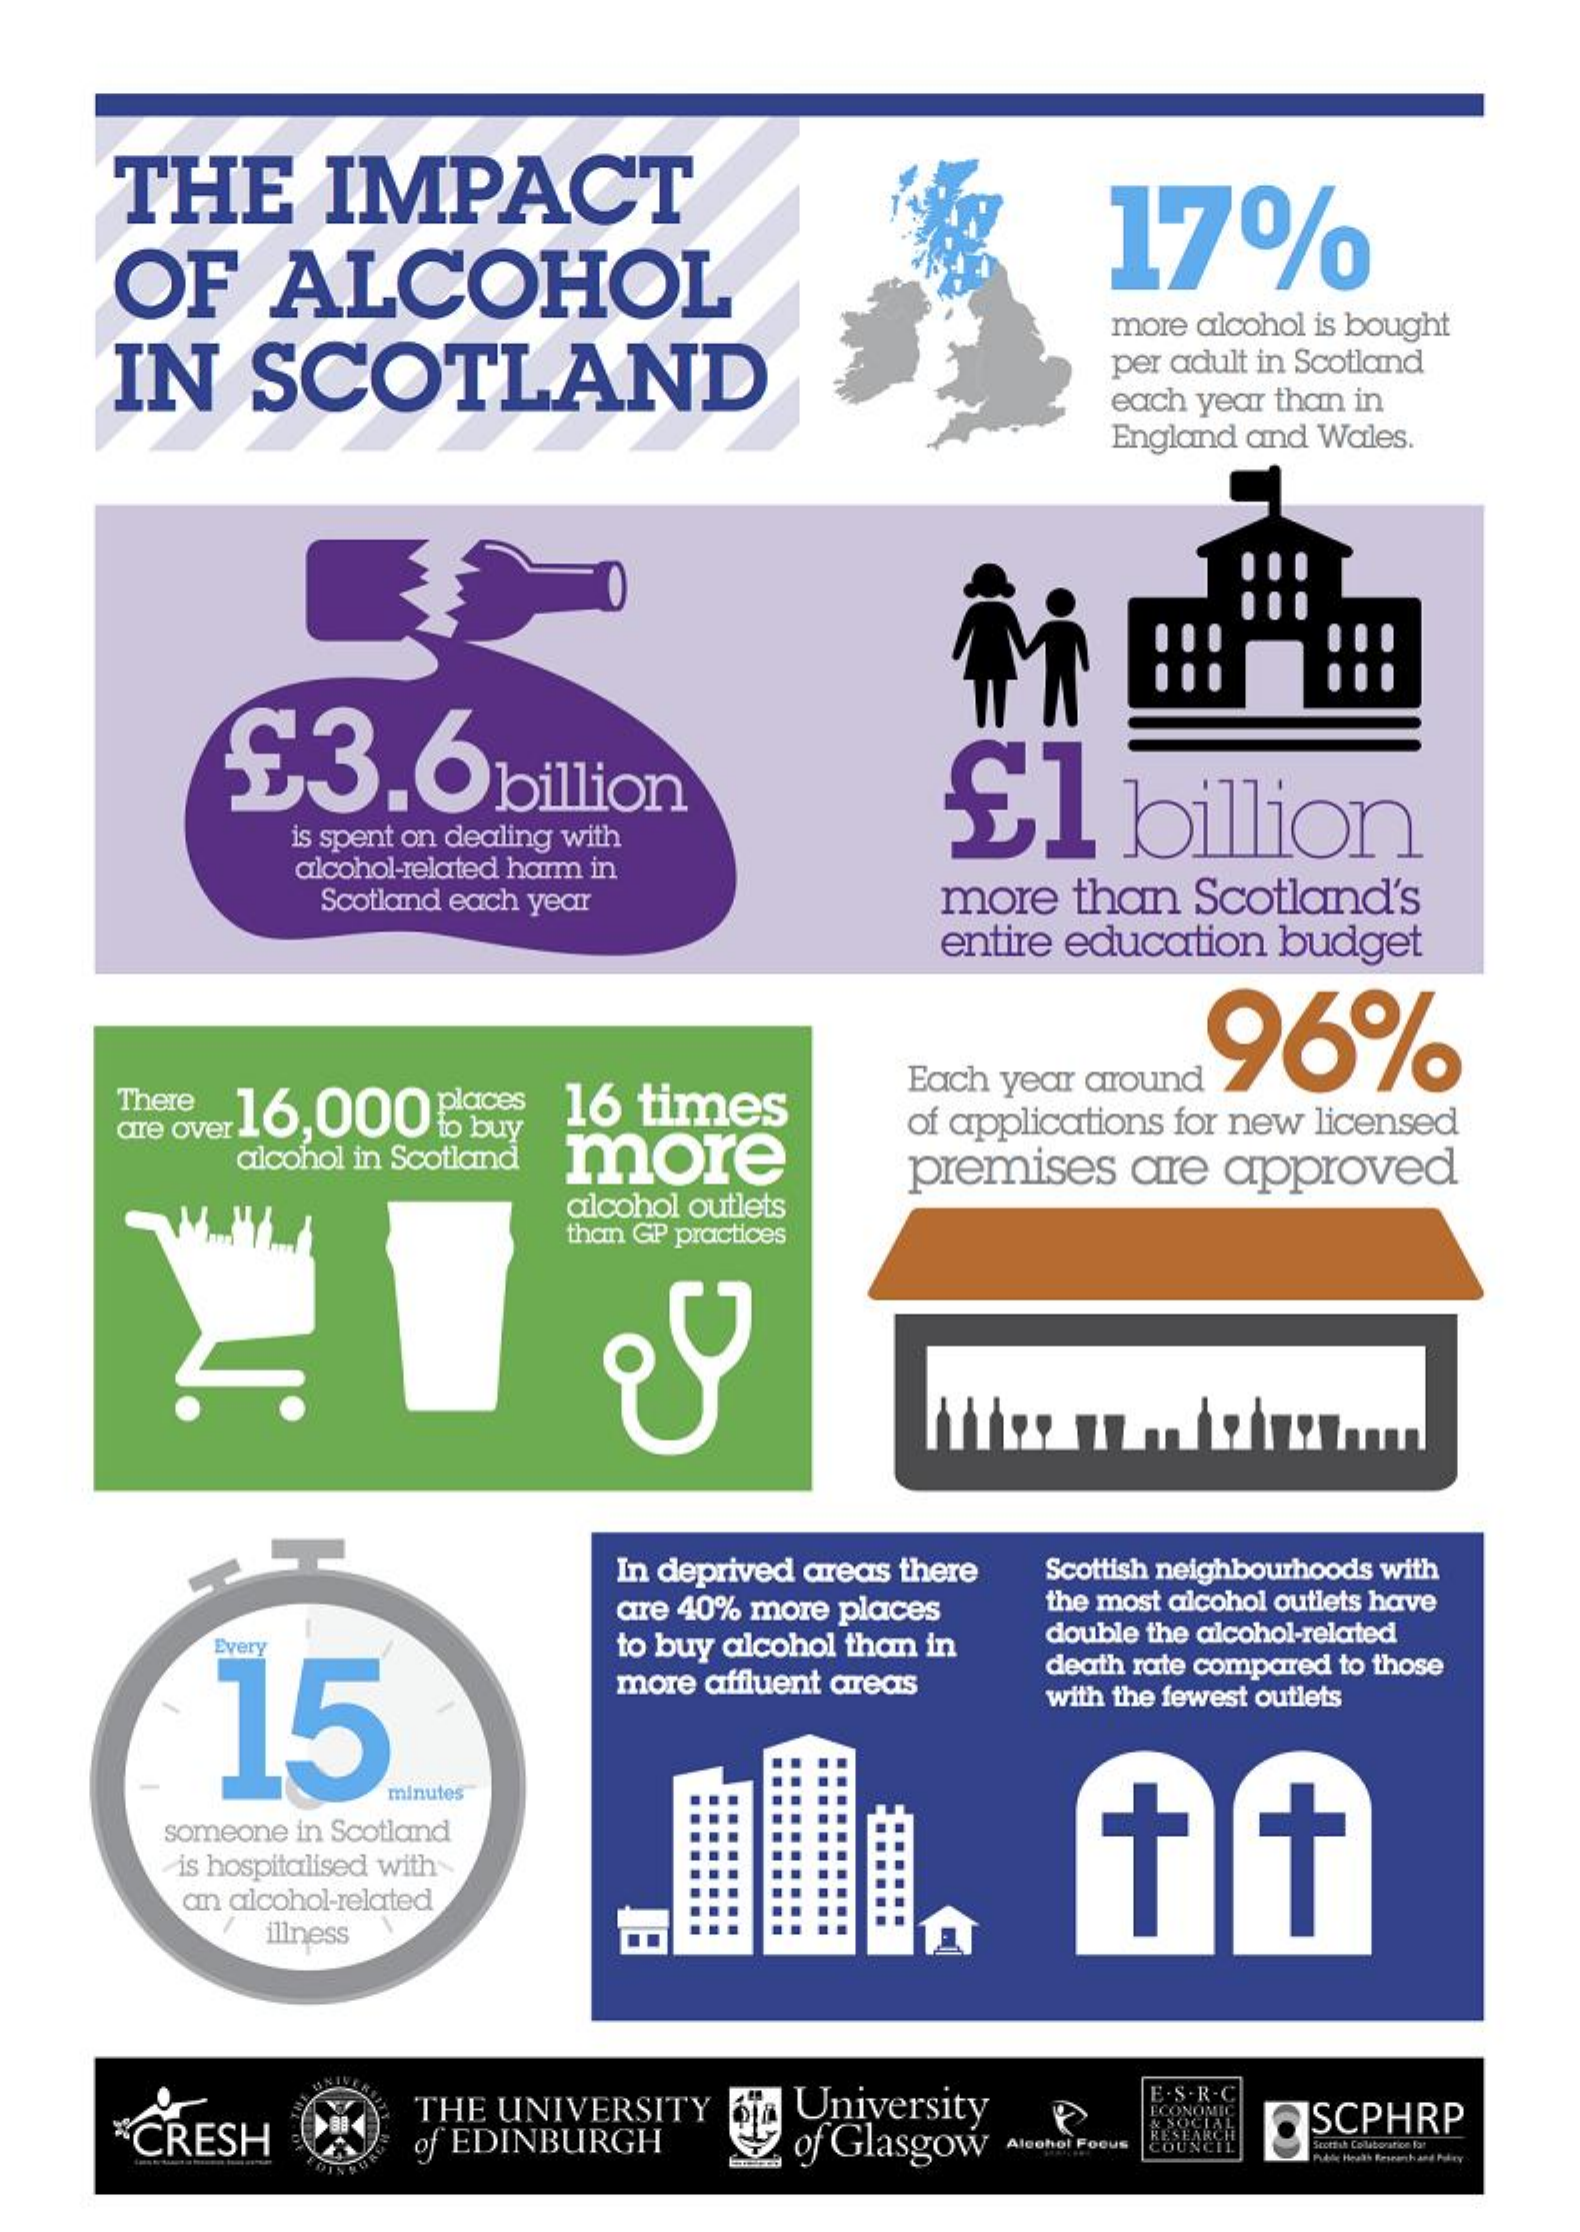
THE    IMPACT
     OF    ALCOHOL
     17%
     IN   SCOTLAND
     more alcohol is bought
     per adult in Scotland
     each year than in
     England and Wales.
     £3.6billion    £1    billion
     is spent on dealing with
     alcohol-related harm in
     Scotland each year    more than Scotland's
     entire education budget
     .96%
     There
     Each year around
     Ore over 16, 000 places 16 times of applications for new licensed
     alcohol in Scotland more   premises are approved
     alcohol outlets
     than GP practices
     In deprived areas there Scottish neighbourhoods with
     are 40% more places the most alcohol outlets have
     Every
     15
     to buy alcohol than in double the alcohol-related
     more affluent areas
     death rate compared to those
     with the fewest outlets
     minutes
     someone in Scotland
     is hospitalised with
     an alcohol-related
     illness
     CRESH
     THE UNIVERSITY University    S.R.C
     of EDINBURGH   of Glasgow
     SCPHRP
     Alcohol Focus
     lille Health Research and Pokry